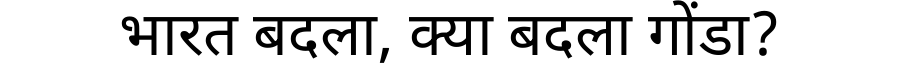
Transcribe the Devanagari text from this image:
भारत बदला, क्या बदला गोंडा?